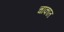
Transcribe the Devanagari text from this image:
चाकात